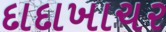
દાદાખાચર